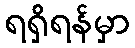
ရရှိရန်မှာ